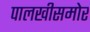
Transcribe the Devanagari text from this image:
पालखीसमोर